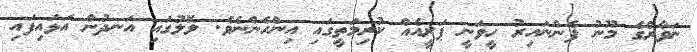
ނަވާރްގެ މޫނު ފެންނައިރު ހީވަނީ ޕަރީއެއް ކުރިމަތީގައި އިންހެންނެވެ. ލޮލުގައި އަނދުން އަޅައިފައި